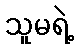
သူမရဲ့